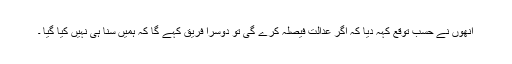
انھوں نے حسب توقع کہہ دیا کہ اگر عدالت فیصلہ کرے گی تو دوسرا فریق کہے گا کہ ہمیں سنا ہی نہیں کیا گیا ۔